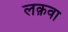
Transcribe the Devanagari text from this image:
लक़वा